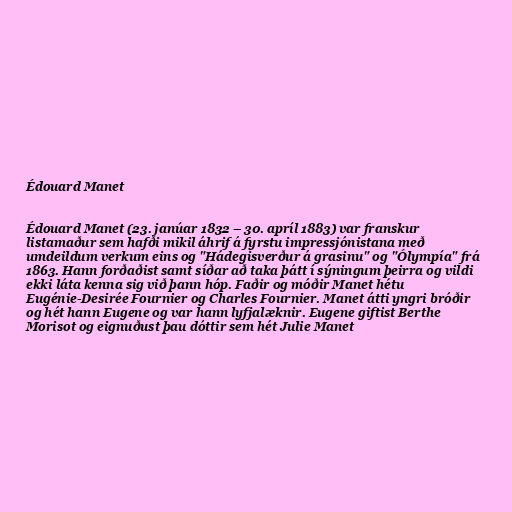
Édouard Manet

Édouard Manet (23. janúar 1832 – 30. apríl 1883) var franskur
listamaður sem hafði mikil áhrif á fyrstu impressjónistana með
umdeildum verkum eins og "Hádegisverður á grasinu" og "Ólympía" frá
1863. Hann forðaðist samt síðar að taka þátt í sýningum þeirra og vildi
ekki láta kenna sig við þann hóp. Faðir og móðir Manet hétu
Eugénie-Desirée Fournier og Charles Fournier. Manet átti yngri bróðir
og hét hann Eugene og var hann lyfjalæknir. Eugene giftist Berthe
Morisot og eignuðust þau dóttir sem hét Julie Manet